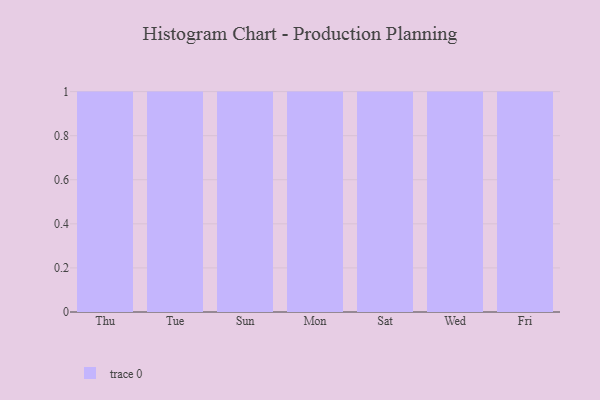
{"axis": {"x": "Day", "y": "Headcount"}, "legend": [""], "data": [{"x": "Thu", "y": 99, "type": ""}, {"x": "Tue", "y": 24, "type": ""}, {"x": "Sun", "y": 13, "type": ""}, {"x": "Mon", "y": 56, "type": ""}, {"x": "Sat", "y": 30, "type": ""}, {"x": "Wed", "y": 32, "type": ""}, {"x": "Fri", "y": 11, "type": ""}]}